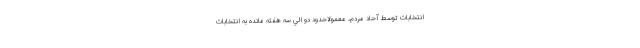
انتخابات توسط آحاد مردم، معمولاحدود دو الي سه هفته مانده به انتخابات